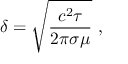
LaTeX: \delta = \sqrt { \frac { c ^ { 2 } \tau } { 2 \pi \sigma \mu } } ~ ,